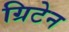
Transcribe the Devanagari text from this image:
ग्रिटेन